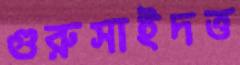
গুরুসাইদত্ত